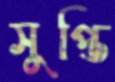
সুপ্তি